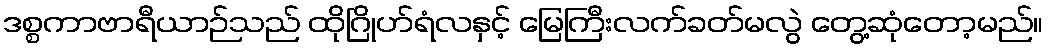
ဒစ္စကာဗာရီယာဉ်သည် ထိုဂြိုဟ်ရံလနှင့် မြေကြီးလက်ခတ်မလွဲ တွေ့ဆုံတော့မည်။